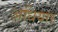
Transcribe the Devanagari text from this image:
अधियार